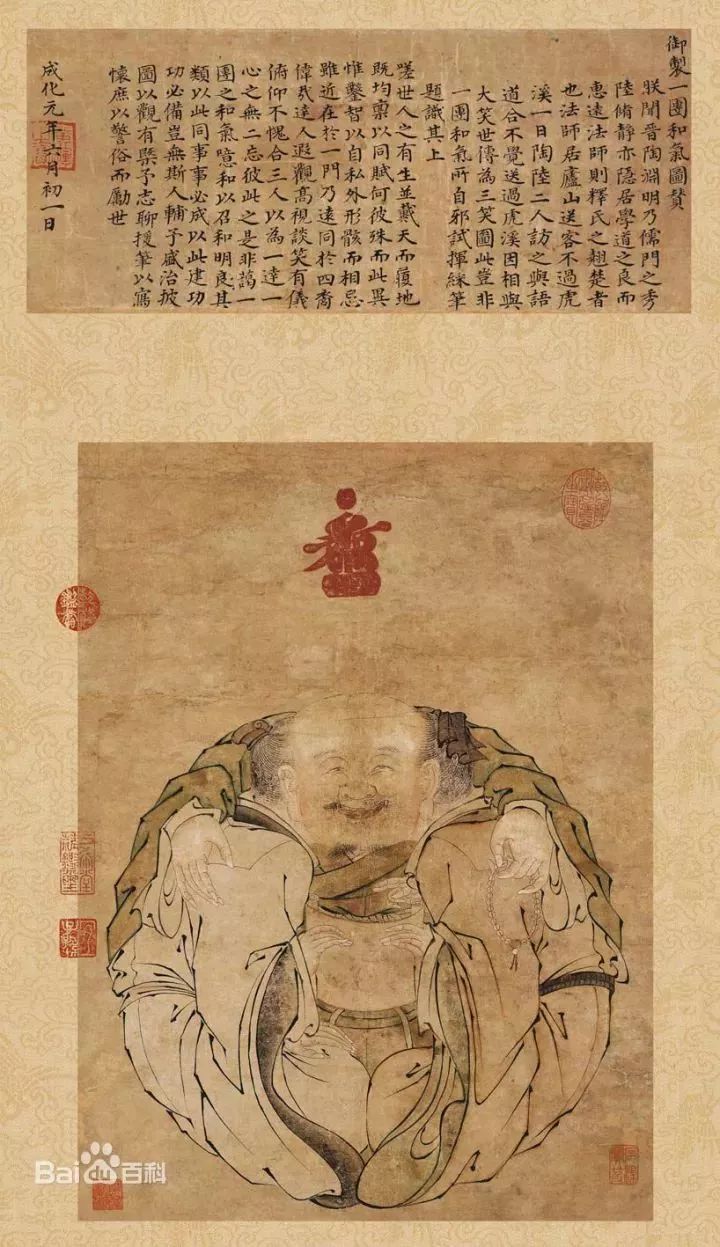
笑别庐山远，何烦过虎溪。